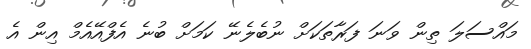
މައްސަލަ ތިން ވަނަ ފަރާތަކަށް ނުބެލެނޭ ކަމަށް ބުނެ އެފްއޭއެމް އިން އެ